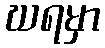
ဃရမှာ